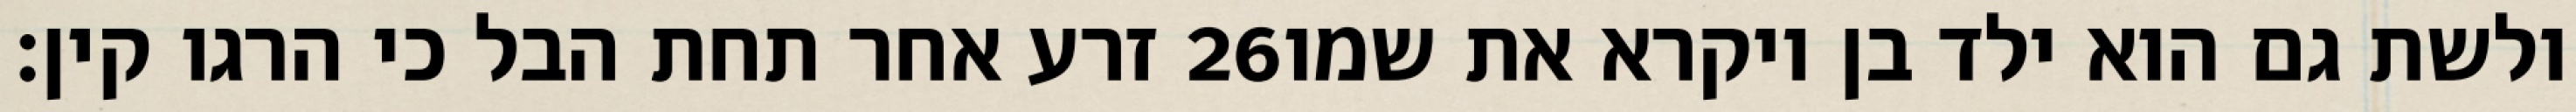
זרע אחר תחת הבל כי הרגו קין׃ ‎26‏ ולשת גם הוא ילד בן ויקרא את שמו